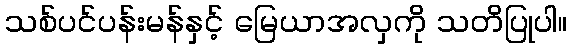
သစ်ပင်ပန်းမန်နှင့် မြေယာအလှကို သတိပြုပါ။